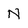
Character: N